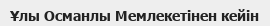
Ұлы Османлы Мемлекетінен кейін